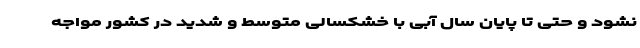
نشود و حتی تا پایان سال آبی با خشکسالی متوسط و شدید در کشور مواجه